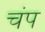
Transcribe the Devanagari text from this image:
चंप